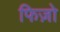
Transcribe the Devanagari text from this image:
फिज़ो